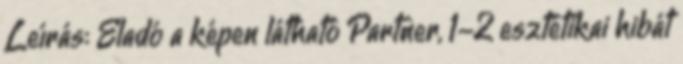
Leírás: Eladó a képen látható Partner, 1-2 esztétikai hibát